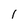
Character: I